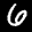
Label: 6